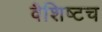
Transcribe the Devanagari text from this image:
वैशिष्टच